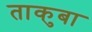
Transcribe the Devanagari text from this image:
ताकुबा